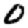
Digit: 0